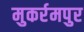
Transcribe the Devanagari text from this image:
मुकर्रमपुर